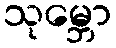
သုမ္ဘော